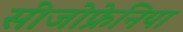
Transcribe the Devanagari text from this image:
सीजोफ्रेनिया